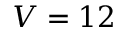
V = 1 2